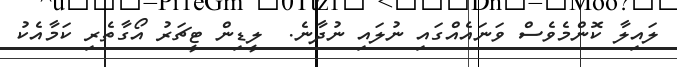
ލައިލާ ކޮންމެވެސް ވަނައެއްގައި ނުލައި ނުދާނެ.  ލީޑިން ޓީޗަރު އޯގާތެރި ކަމާއެކު